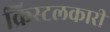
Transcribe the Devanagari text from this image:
क्रिस्टलकारी